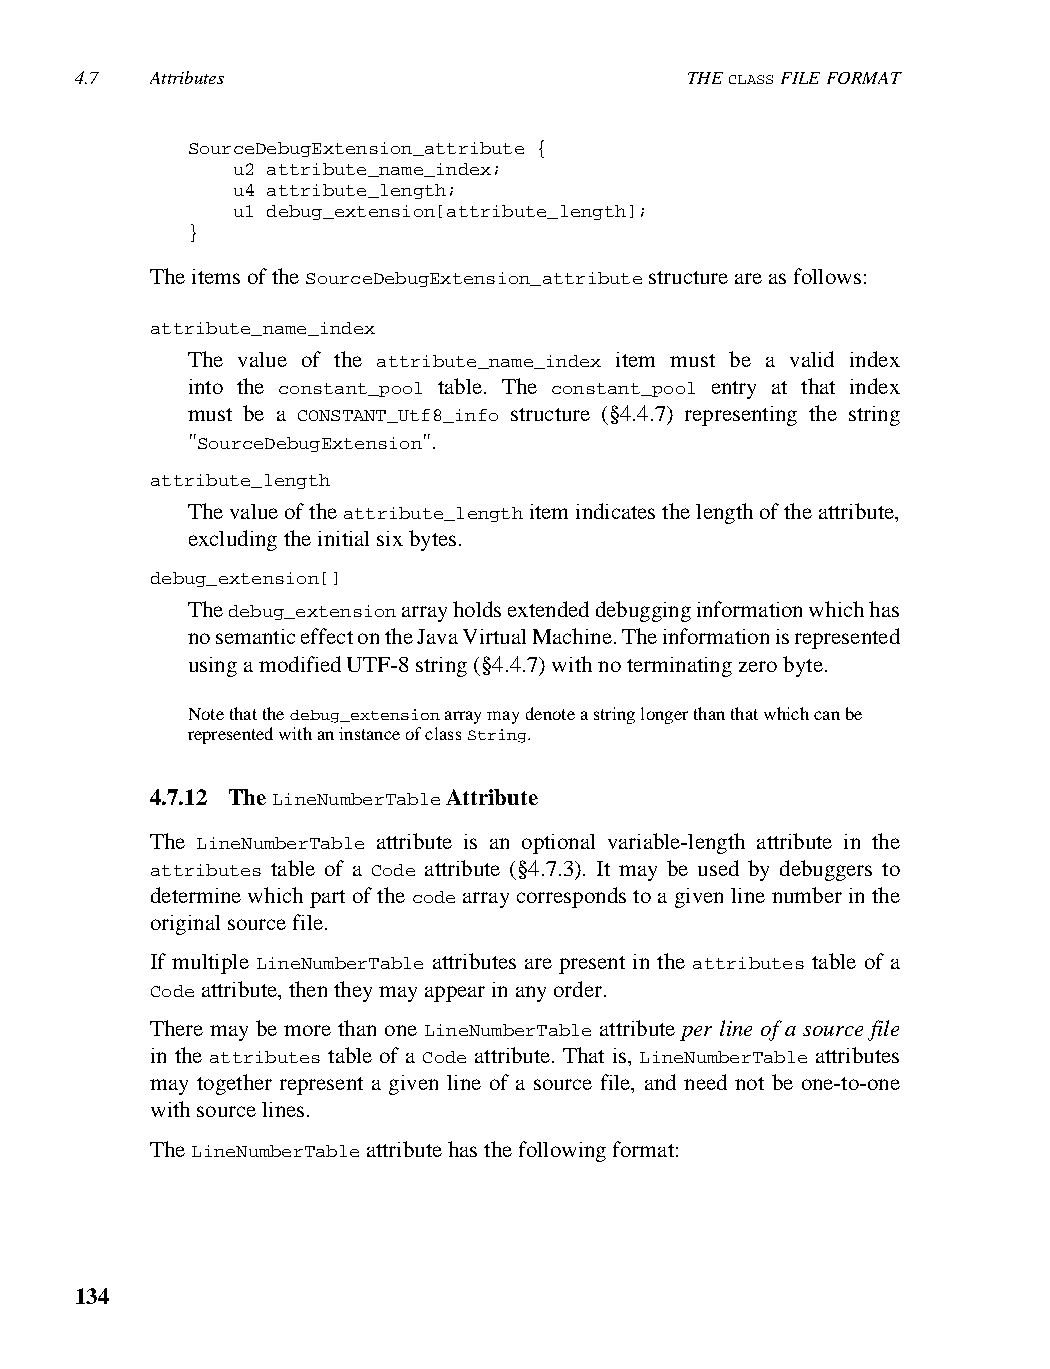
4.7  Attributes                         THE CLASS FILE FORMAT
 SourceDebugExtension_attribute {
 u2 attribute_name_index;
 u4 attribute_length;
 u1 debug_extension[attribute_length];
 }
 The items of the SourceDebugExtension_attribute structure are as follows:
 attribute_name_index
 The value of the attribute_name_index item must be a valid index
 into the constant_pool table. The constant_pool entry at that index
 must be a CONSTANT_Utf8_info structure (§4.4.7) representing the string
 "SourceDebugExtension".
 attribute_length
 The value of the attribute_length item indicates the length of the attribute,
 excluding the initial six bytes.
 debug_extension[]
 The debug_extension array holds extended debugging information which has
 no semantic effect on the Java Virtual Machine. The information is represented
 using a modified UTF-8 string (§4.4.7) with no terminating zero byte.
 Note that the debug_extension array may denote a string longer than that which can be
 represented with an instance of class String.
 4.7.12 The LineNumberTable Attribute
 The LineNumberTable attribute is an optional variable-length attribute in the
 attributes table of a Code attribute (§4.7.3). It may be used by debuggers to
 determine which part of the code array corresponds to a given line number in the
 original source file.
 If multiple LineNumberTable attributes are present in the attributes table of a
 Code attribute, then they may appear in any order.
 There may be more than one LineNumberTable attribute per line of a source file
 in the attributes table of a Code attribute. That is, LineNumberTable attributes
 may together represent a given line of a source file, and need not be one-to-one
 with source lines.
 The LineNumberTable attribute has the following format:
 134